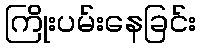
ကြိုးပမ်းနေခြင်း